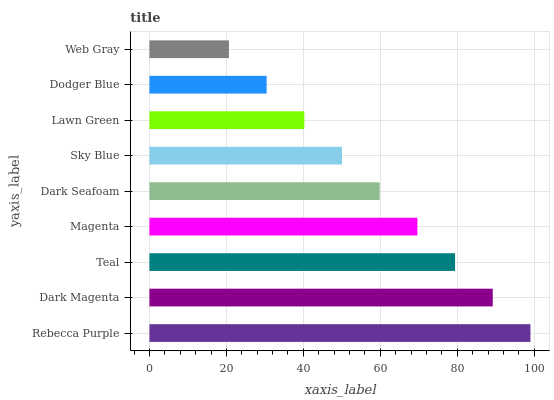
| yaxis_label | bars |
 | --- | --- |
 | Rebecca Purple | 99 |
 | Dark Magenta | 89.2 |
 | Teal | 79.4 |
 | Magenta | 69.6 |
 | Dark Seafoam | 59.8 |
 | Sky Blue | 50 |
 | Lawn Green | 40.2 |
 | Dodger Blue | 30.5 |
 | Web Gray | 20.7 |